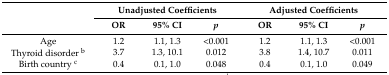
<table><thead><tr><td rowspan="2"></td><td colspan="3"><b>Unadjusted Coefficients</b></td><td colspan="3"><b>Adjusted Coefficients</b></td></tr><tr><td><b>OR</b></td><td><b>95% CI</b></td><td><b><i>p</i></b></td><td><b>OR</b></td><td><b>95% CI</b></td><td><b><i>p</i></b></td></tr></thead><tbody><tr><td>Age</td><td>1.2</td><td>1.1, 1.3</td><td>&lt;0.001</td><td>1.2</td><td>1.1, 1.3</td><td>&lt;0.001</td></tr><tr><td>Thyroid disorder <sup>b</sup></td><td>3.7</td><td>1.3, 10.1</td><td>0.012</td><td>3.8</td><td>1.4, 10.7</td><td>0.011</td></tr><tr><td>Birth country <sup>c</sup></td><td>0.4 </td><td>0.1, 1.0</td><td>0.048</td><td>0.4</td><td>0.1, 1.0</td><td>0.049</td></tr></tbody></table>